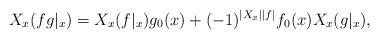
LaTeX: \begin{align*}X_x (f g|_x) = X_x(f|_x) g_0(x) + (-1)^{|X_x||f|}f_0(x)X_x(g|_x),\end{align*}